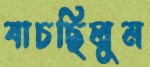
যাচছিলুম